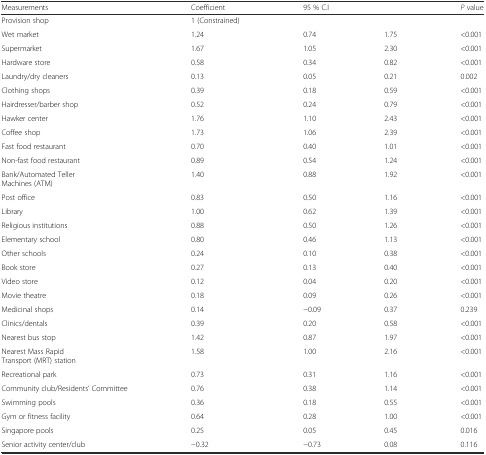
<table><thead><tr><td><b>Measurements</b></td><td><b>Coefficient</b></td><td colspan="2"><b>95 % C.I</b></td><td><b><i>P</i> value</b></td></tr></thead><tbody><tr><td>Provision shop</td><td>1 (Constrained)</td><td></td><td></td><td></td></tr><tr><td>Wet market</td><td>1.24</td><td>0.74</td><td>1.75</td><td>&lt;0.001</td></tr><tr><td>Supermarket</td><td>1.67</td><td>1.05</td><td>2.30</td><td>&lt;0.001</td></tr><tr><td>Hardware store</td><td>0.58</td><td>0.34</td><td>0.82</td><td>&lt;0.001</td></tr><tr><td>Laundry/dry cleaners</td><td>0.13</td><td>0.05</td><td>0.21</td><td>0.002</td></tr><tr><td>Clothing shops</td><td>0.39</td><td>0.18</td><td>0.59</td><td>&lt;0.001</td></tr><tr><td>Hairdresser/barber shop</td><td>0.52</td><td>0.24</td><td>0.79</td><td>&lt;0.001</td></tr><tr><td>Hawker center</td><td>1.76</td><td>1.10</td><td>2.43</td><td>&lt;0.001</td></tr><tr><td>Coffee shop</td><td>1.73</td><td>1.06</td><td>2.39</td><td>&lt;0.001</td></tr><tr><td>Fast food restaurant</td><td>0.70</td><td>0.40</td><td>1.01</td><td>&lt;0.001</td></tr><tr><td>Non-fast food restaurant</td><td>0.89</td><td>0.54</td><td>1.24</td><td>&lt;0.001</td></tr><tr><td>Bank/Automated Teller Machines (ATM)</td><td>1.40</td><td>0.88</td><td>1.92</td><td>&lt;0.001</td></tr><tr><td>Post office</td><td>0.83</td><td>0.50</td><td>1.16</td><td>&lt;0.001</td></tr><tr><td>Library</td><td>1.00</td><td>0.62</td><td>1.39</td><td>&lt;0.001</td></tr><tr><td>Religious institutions</td><td>0.88</td><td>0.50</td><td>1.26</td><td>&lt;0.001</td></tr><tr><td>Elementary school</td><td>0.80</td><td>0.46</td><td>1.13</td><td>&lt;0.001</td></tr><tr><td>Other schools</td><td>0.24</td><td>0.10</td><td>0.38</td><td>&lt;0.001</td></tr><tr><td>Book store</td><td>0.27</td><td>0.13</td><td>0.40</td><td>&lt;0.001</td></tr><tr><td>Video store</td><td>0.12</td><td>0.04</td><td>0.20</td><td>&lt;0.001</td></tr><tr><td>Movie theatre</td><td>0.18</td><td>0.09</td><td>0.26</td><td>&lt;0.001</td></tr><tr><td>Medicinal shops</td><td>0.14</td><td>−0.09</td><td>0.37</td><td>0.239</td></tr><tr><td>Clinics/dentals</td><td>0.39</td><td>0.20</td><td>0.58</td><td>&lt;0.001</td></tr><tr><td>Nearest bus stop</td><td>1.42</td><td>0.87</td><td>1.97</td><td>&lt;0.001</td></tr><tr><td>Nearest Mass Rapid Transport (MRT) station</td><td>1.58</td><td>1.00</td><td>2.16</td><td>&lt;0.001</td></tr><tr><td>Recreational park</td><td>0.73</td><td>0.31</td><td>1.16</td><td>&lt;0.001</td></tr><tr><td>Community club/Residents’ Committee</td><td>0.76</td><td>0.38</td><td>1.14</td><td>&lt;0.001</td></tr><tr><td>Swimming pools</td><td>0.36</td><td>0.18</td><td>0.55</td><td>&lt;0.001</td></tr><tr><td>Gym or fitness facility</td><td>0.64</td><td>0.28</td><td>1.00</td><td>&lt;0.001</td></tr><tr><td>Singapore pools</td><td>0.25</td><td>0.05</td><td>0.45</td><td>0.016</td></tr><tr><td>Senior activity center/club</td><td>−0.32</td><td>−0.73</td><td>0.08</td><td>0.116</td></tr></tbody></table>